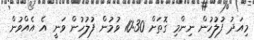
މިއަދު ފުލުހުން ނިންމި ގޮތަށް 10:30 ވުމުން ފުލުހުން ވަނީ އެ އެއްވުން